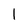
Character: l